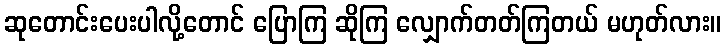
ဆုတောင်းပေးပါလို့တောင် ပြောကြ ဆိုကြ လျှောက်တတ်ကြတယ် မဟုတ်လား။